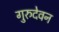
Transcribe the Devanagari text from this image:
गुरुदेवन